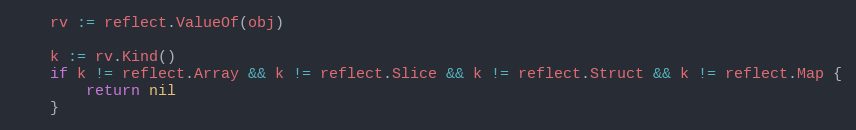
Language: Go
	rv := reflect.ValueOf(obj)

	k := rv.Kind()
	if k != reflect.Array && k != reflect.Slice && k != reflect.Struct && k != reflect.Map {
		return nil
	}